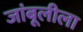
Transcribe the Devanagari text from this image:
जांबूलीला